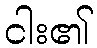
ငါး၏